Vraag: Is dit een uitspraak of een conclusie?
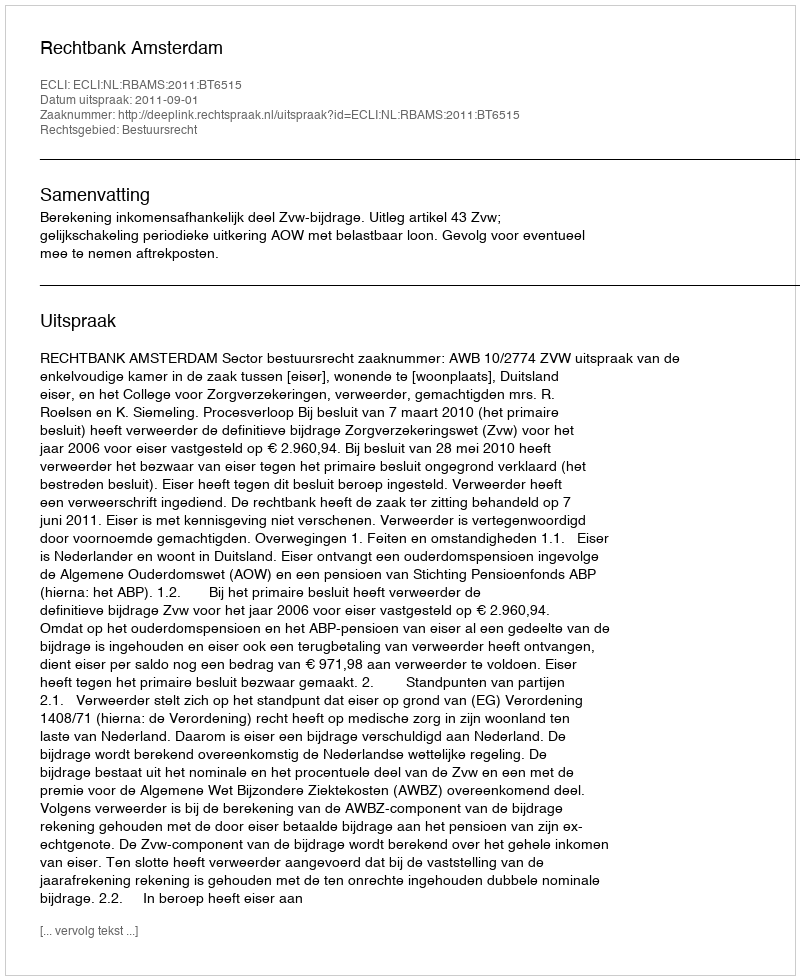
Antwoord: Uitspraak